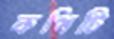
কপিটি